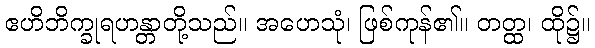
ဧဟိဘိက္ခုရဟန္တာတို့သည်။ အဟေသုံ၊ ဖြစ်ကုန်၏။ တတ္ထ၊ ထို၌။